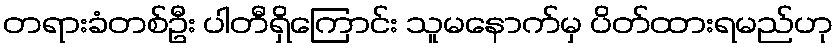
တရားခံတစ်ဦး ပါတီရှိကြောင်း သူမနောက်မှ ပိတ်ထားရမည်ဟု